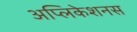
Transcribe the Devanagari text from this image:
अप्लिकेशनस